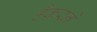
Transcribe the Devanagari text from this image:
हैकरने